Report on sanitation, dispensaries, and jails in Rajputana for 1910, and on vaccination for the year 1910-1911 - 1910-1911
Year: 1910
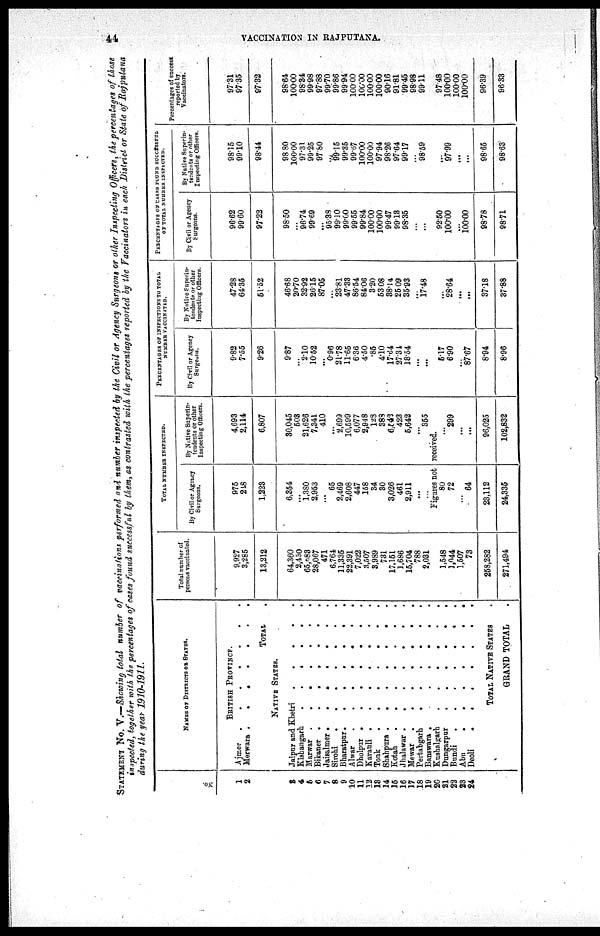
44
VACCINATION IN RAJPUTANA.
STATEMENT NO. V.—Showing total number of vaccinations performed and number inspected by the Civil or Agency Surgeons or other Inspecting Officers, the percentages of those
inspected, together with the percentages of cases found successful by them, as contrasted with the percentages reported by the Vaccinators in each District or State of Rajputana
during the year 1910-1911.
No.
1
2
3
4
5
6
7
8
9
10
11
12
13
14
15
16
17
18
19
20
21
22
23
24
NAMES OF DISTRICTS OR STATES.
BRITISH PROVINCE.
Ajmer
Merwara
.......
TOTAL
.
NATIVE STATES.
Jaipur and Khetri
Kishangarh
......
Marwar
.......
Bikaner
.......
Jaisalmer
.......
Sirohi
Bharatpur.
......
Alwar
Dholpur
.......
Karauli
.......
Tonk
Shahpura
.......
Kotah
Jhalawar
Mewar
.......
Pertabgarh
Banswara .
Kushalgarh.
......
Dungarpar
......
Bundi
.......
Abu
.......
Deoli
.
TOTAL NATIVE STATES .
GRAND TOTAL .
Total number of
persons vaccinated.
9,927
3,285
13,212
64,360
2,430
65,683
28,067
471
6,764
11,335
22,391
7,022
3,507
3,989
731
17,151
1,686
15,704
788
2,031
1,548
1,044
1,507
73
258,282
271,494
TOTAL NUMBER INSPECTED.
By Civil or Agency
Surgeons.
975
248
1,223
6,354
...
1,380
2,953
...
65
2,469
2,608
447
158
34
30
3,026
461
2,911
...
...
By Native Superin-
tendents or other
Inspecting Officers.
4,693
2,114
6,807
30,045
503
21,626
7,341
410
...
2,699
10,599
6,077
2,948
123
383
6542
423
5,642
...
355
Figures not received.
80
72
...
64
23,112
24,835
...
299
...
...
96,025
102,832
PERCENTAGES OF INSPECTIONS TO TOTAL
NUMBER VACCINATED.
By Civil or Agency
Surgeons.
9.82
7.55
9.26
9.87
...
2.10
10.52
...
0.96
21.78
11.65
636
4.50
.85
4.10
17.64
27.34
18.54
...
...
5.17
6.90
...
87.67
8.94
8.96
By Native Superin-
tendents or other
Inspecting Officers.
47.28
64.35
51.52
46.68
20.70
32.92
26.15
87.05
23.81
47.33
86.54
84.06
3.20
53.08
38.14
25.09
35.93
...
17.48
...
28.64
...
...
37.18
37.88
PERCENTAGES OF CASES FOUND SUCCESSFUL
OF TOTAL NUMBER INSPECTED.
By Civil or Agency
Surgeons.
96.62
99.60
97.22
98.50
...
96.74
99.69
...
95.38
99.10
99.00
99.55
99.84
100.00
100.00
99.47
99.13
98.35
...
...
92.60
100.00
...
100.00
98.78
98.71
By Native Superin-
tendents or other
Inspecting Officers.
98.15
99.10
98.44
98.80
100.00
97.31.
99.25
97.80
...
99.15
99.35
99.67
100.00
100.00
97.94
98.26
97.64
99.17
...
98.59
...
97.99
...
...
98.65
98.63
Percentages of success
reported by
Vaccinators.
97.31
97.35
97.32
98.64
100.00
98.34
99.98
97.88
99.70
99.86
99.94
100.00
100.00
100.00
100.00
90.16
91.81
99.45
98.98
99.11
97.48
100.00
100.00
100.00
96.39
96.33